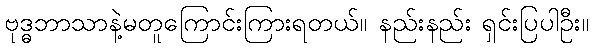
ဗုဒ္ဓဘာသာနဲ့မတူကြောင်းကြားရတယ်။ နည်းနည်း ရှင်းပြပါဦး။